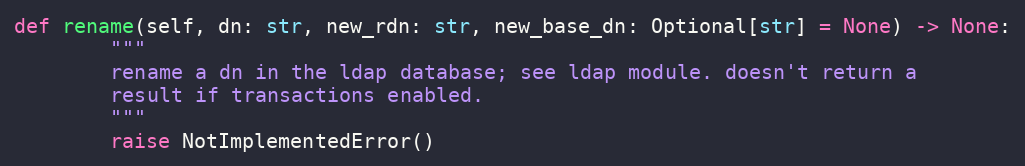
Language: Python
def rename(self, dn: str, new_rdn: str, new_base_dn: Optional[str] = None) -> None:
        """
        rename a dn in the ldap database; see ldap module. doesn't return a
        result if transactions enabled.
        """
        raise NotImplementedError()